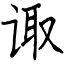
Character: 诹